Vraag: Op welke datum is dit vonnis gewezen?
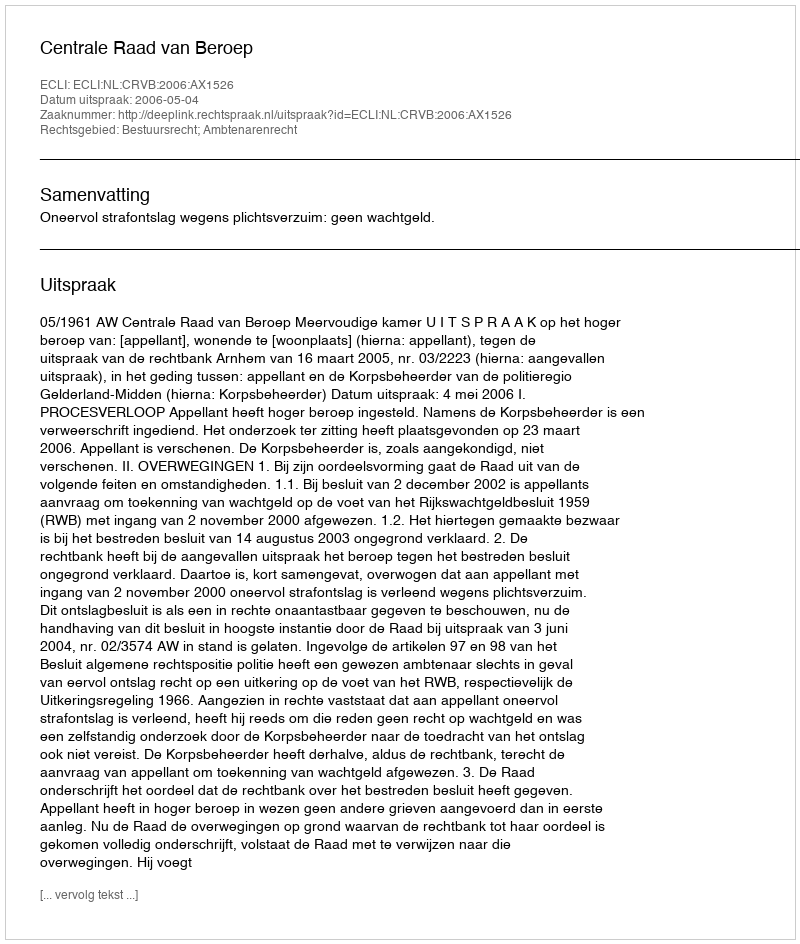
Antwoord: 2006-05-04